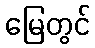
မြေတွင်